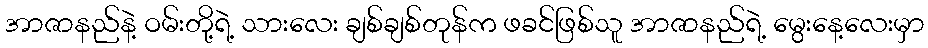
အာဇာနည်နဲ့ ဝမ်းတို့ရဲ့ သားလေး ချစ်ချစ်တုန်က ဖခင်ဖြစ်သူ အာဇာနည်ရဲ့ မွေးနေ့လေးမှာ